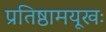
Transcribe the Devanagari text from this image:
प्रतिष्ठामयूखः